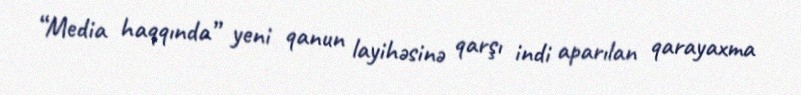
“Media haqqında” yeni qanun layihəsinə qarşı indi aparılan qarayaxma